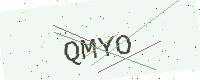
Text: QMYO